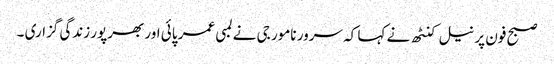
صبح فون پر نیل کنٹھ نے کہا کہ سرور نامور جی نے لمبی عمر پائی اور بھرپور زندگی گزاری ۔